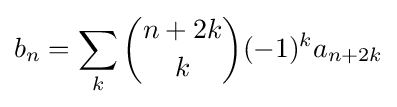
b_{n}=\sum _{k}{\binom {n+2k}{k}}(-1)^{k}a_{n+2k}